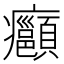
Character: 𭼺